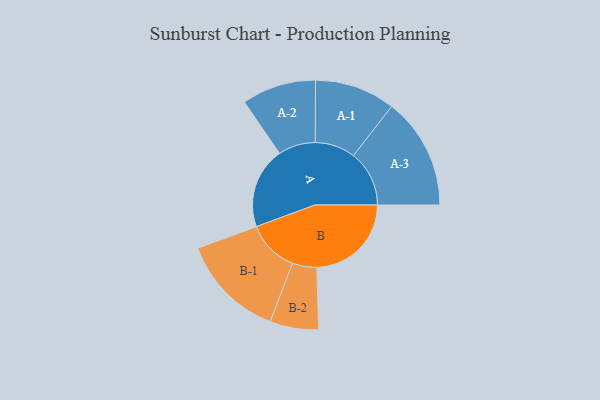
{"axis": {"x": "Segment", "y": "Value"}, "legend": ["", "A", "B"], "data": [{"x": "A", "y": 417, "type": ""}, {"x": "B", "y": 486, "type": ""}, {"x": "A-1", "y": 207, "type": "A"}, {"x": "A-2", "y": 191, "type": "A"}, {"x": "A-3", "y": 287, "type": "A"}, {"x": "B-1", "y": 268, "type": "B"}, {"x": "B-2", "y": 125, "type": "B"}]}